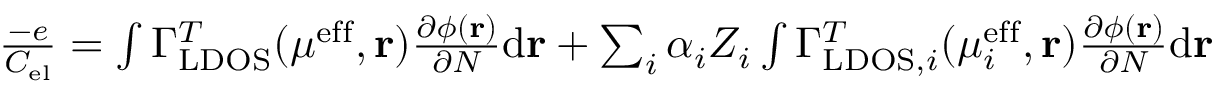
\begin{array} { r } { \frac { - e } { C _ { \mathrm { e l } } } = \int \Gamma _ { \mathrm { L D O S } } ^ { T } ( \mu ^ { \mathrm { e f f } } , \mathbf { r } ) \frac { \partial \phi ( \mathbf { r } ) } { \partial N } \mathrm { d } \mathbf { r } + \sum _ { i } \alpha _ { i } Z _ { i } \int \Gamma _ { \mathrm { L D O S } , i } ^ { T } ( \mu _ { i } ^ { \mathrm { e f f } } , \mathbf { r } ) \frac { \partial \phi ( \mathbf { r } ) } { \partial N } \mathrm { d } \mathbf { r } } \end{array}